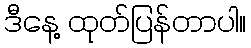
ဒီနေ့ ထုတ်ပြန်တာပါ။